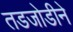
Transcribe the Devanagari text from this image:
तडजोडीने